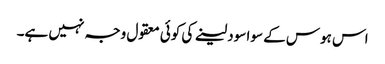
اس ہوس کے سوا سود لینے کی کوئی معقول وجہ نہیں ہے۔